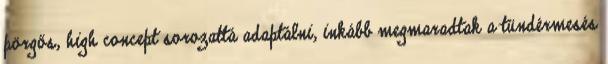
pörgős, high concept sorozattá adaptálni, inkább megmaradtak a tündérmesés